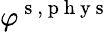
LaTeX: \varphi^{\mathrm{~s~},\mathrm{~p~h~y~s~}}